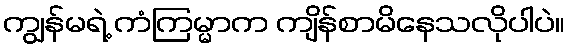
ကျွန်မရဲ့ ကံကြမ္မာက ကျိန်စာမိနေသလိုပါပဲ။